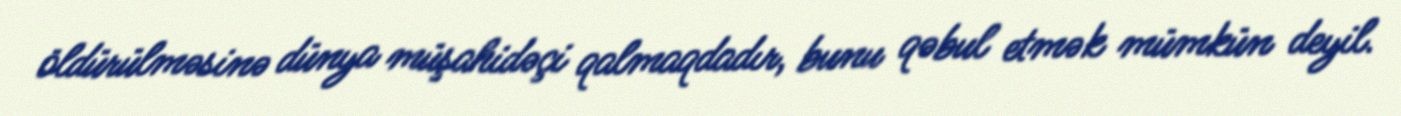
öldürülməsinə dünya müşahidəçi qalmaqdadır, bunu qəbul etmək mümkün deyil.